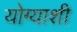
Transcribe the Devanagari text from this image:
योग्याशी